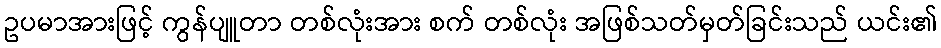
ဥပမာအားဖြင့် ကွန်ပျူတာ တစ်လုံးအား စက် တစ်လုံး အဖြစ်သတ်မှတ်ခြင်းသည် ယင်း၏